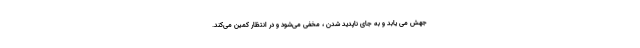
جهش می یابد و به جای ناپدید شدن ، مخفی می‌شود و در انتظار کمین می‌کند.